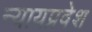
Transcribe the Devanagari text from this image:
न्यायप्रवेश